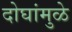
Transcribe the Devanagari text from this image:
दोघांमुळे